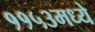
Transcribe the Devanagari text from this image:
११५३मध्ये